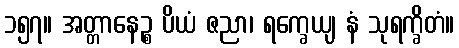
၁၅၇။ အတ္တာနေဉ္စ ပိယံ ဇညာ၊ ရက္ခေယျ နံ သုရက္ခိတံ။